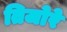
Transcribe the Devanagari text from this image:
तिजोरे